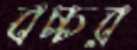
বচ্চর